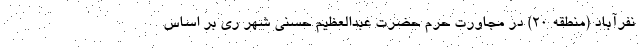
نفرآباد (منطقه ۲۰) در مجاورت حرم حضرت عبدالعظیم حسنی شهر ری بر اساس